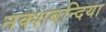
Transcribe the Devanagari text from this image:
नक्शबन्दिया